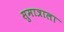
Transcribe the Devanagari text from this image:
सुमात्राला